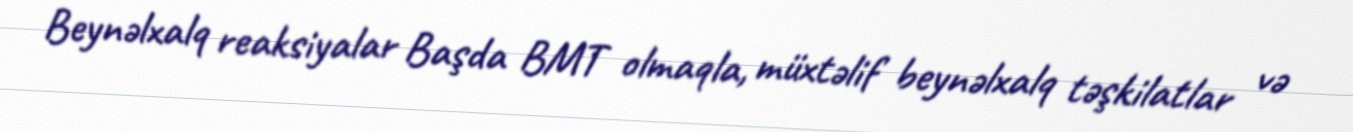
Beynəlxalq reaksiyalar Başda BMT olmaqla, müxtəlif beynəlxalq təşkilatlar və